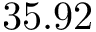
3 5 . 9 2